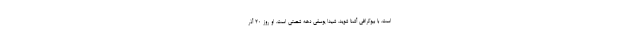
است. با بیوگرافی آشنا شوید. شیدا یوسفی دهه شصتی است. او روز 20 آذر